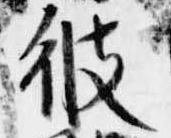
彼